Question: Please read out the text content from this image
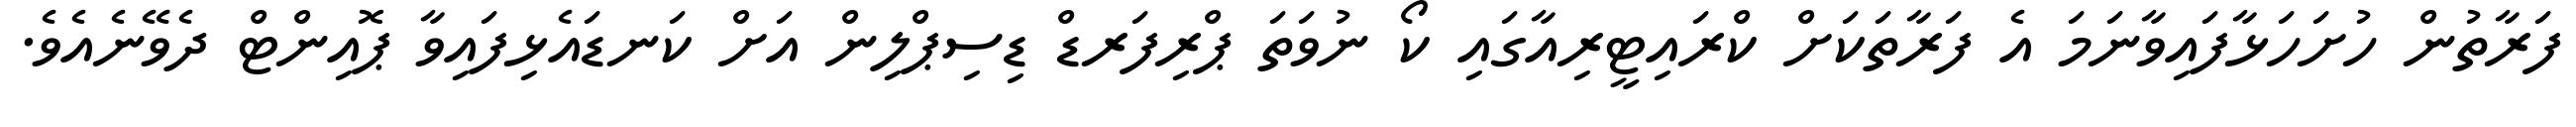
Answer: ފަރާތުން ހުށަހަޅާފައިވާނަމަ އެ ފަރާތަކަށް ކްރައިޓީރިއާގައި ކޯ ނުވަތަ ޕްރިފަރޑް ޑިސިޕްލިން އަށް ކަނޑައެޅިފައިވާ ޕޮއިންޓް ދެވޭނެއެވެ.